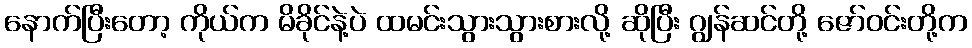
နောက်ပြီးတော့ ကိုယ်က မိခိုင်နဲ့ပဲ ထမင်းသွားသွားစားလို့ ဆိုပြီး ဂျွန်ဆင်တို့ ဇော်ဝင်းတို့က